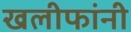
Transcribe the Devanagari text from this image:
खलीफांनी